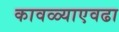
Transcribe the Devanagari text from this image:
कावळ्याएवढा